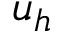
u _ { h }